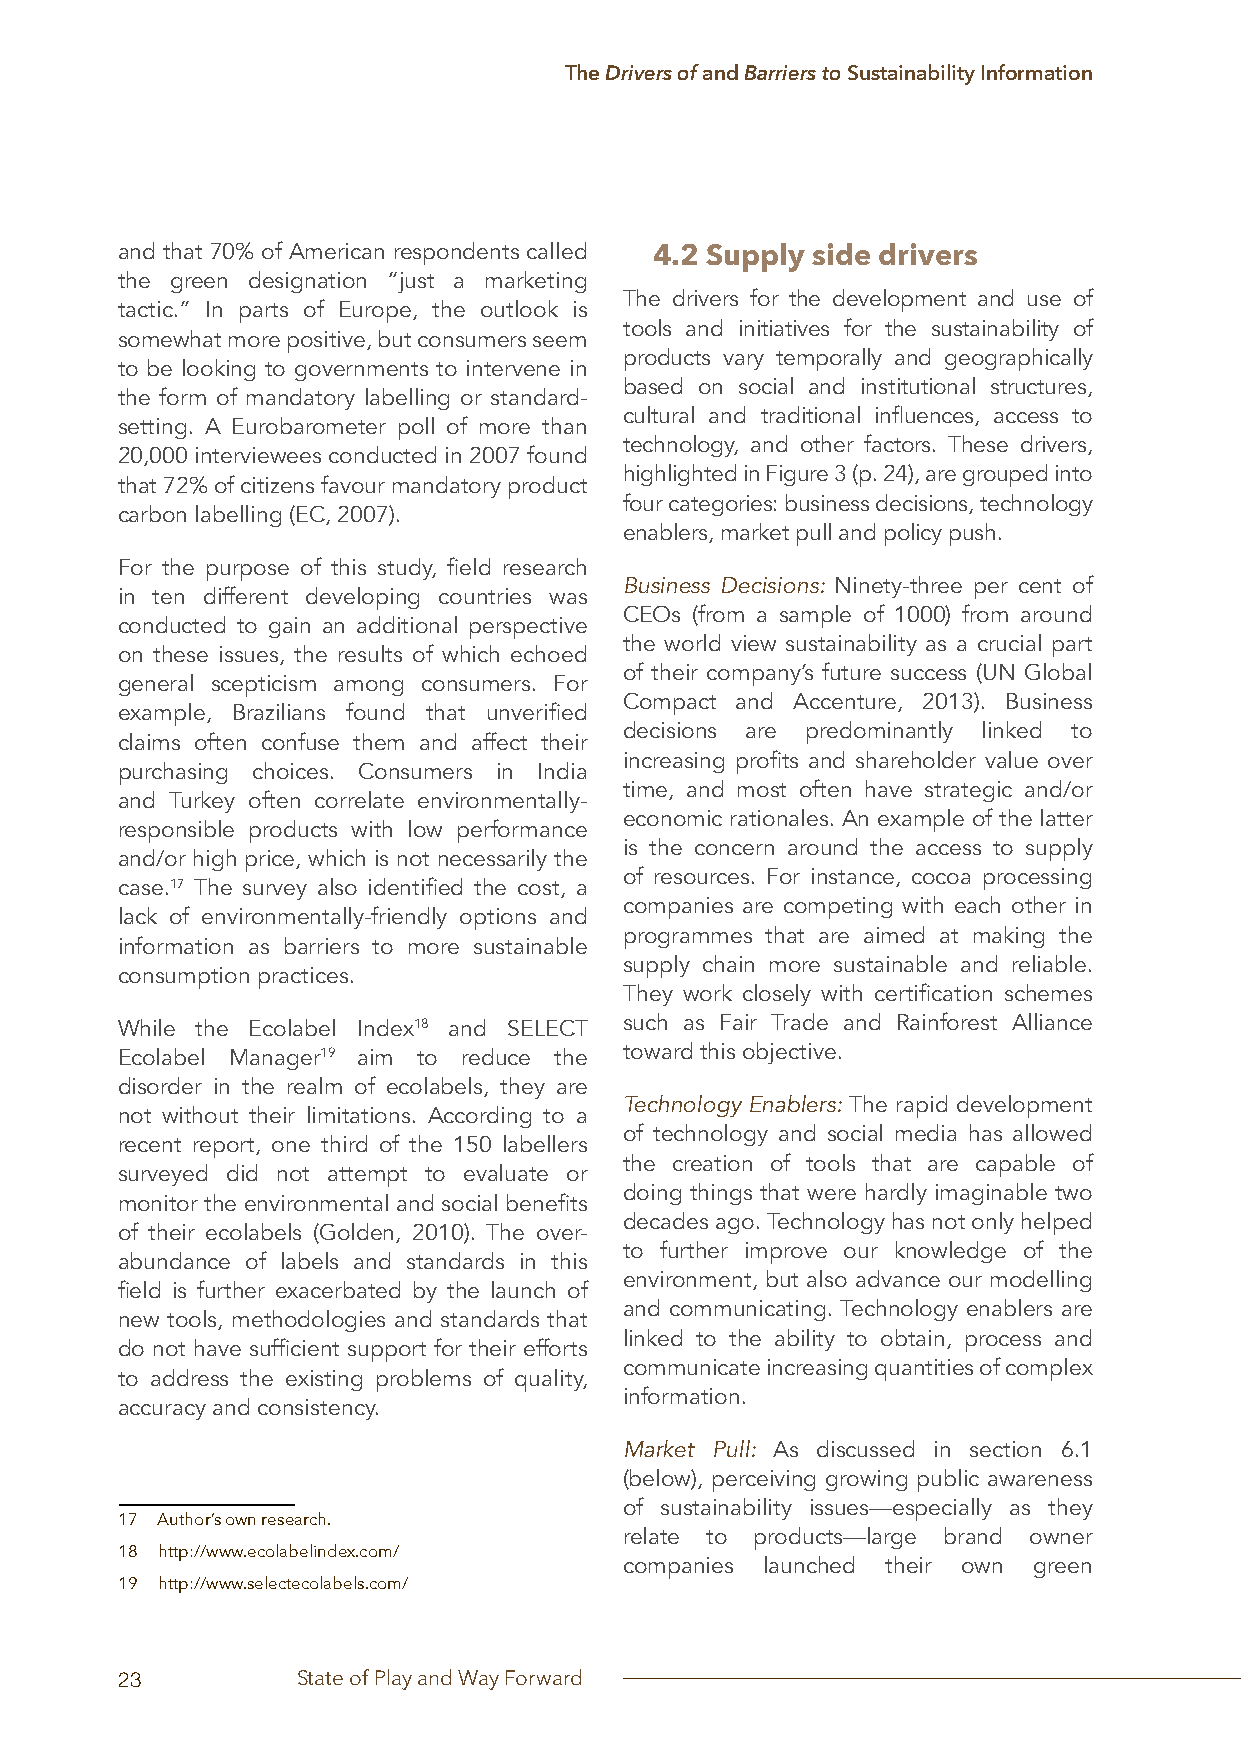
The Drivers of and Barriers to Sustainability Information
 and that 70% of American respondents called
 4.2 Supply side drivers
 the green designation “just a marketing
 The drivers for the development and use of
 tactic.” In parts of Europe, the outlook is
 tools and initiatives for the sustainability of
 somewhat more positive, but consumers seem
 products vary temporally and geographically
 to be looking to governments to intervene in
 based on social and institutional structures,
 the form of mandatory labelling or standard-
 cultural and traditional influences, access to
 setting. A Eurobarometer poll of more than
 technology, and other factors. These drivers,
 20,000 interviewees conducted in 2007 found
 highlighted in Figure 3 (p. 24), are grouped into
 that 72% of citizens favour mandatory product
 four categories: business decisions, technology
 carbon labelling (EC, 2007).
 enablers, market pull and policy push.
 For the purpose of this study, field research
 Business Decisions: Ninety-three per cent of
 in ten different developing countries was
 CEOs (from a sample of 1000) from around
 conducted to gain an additional perspective
 the world view sustainability as a crucial part
 on these issues, the results of which echoed
 of their company’s future success (UN Global
 general scepticism among consumers. For
 Compact and Accenture, 2013). Business
 example, Brazilians found that unverified
 decisions are predominantly linked to
 claims often confuse them and affect their
 increasing profits and shareholder value over
 purchasing choices. Consumers in India
 time, and most often have strategic and/or
 and Turkey often correlate environmentally-
 economic rationales. An example of the latter
 responsible products with low performance
 is the concern around the access to supply
 and/or high price, which is not necessarily the
 of resources. For instance, cocoa processing
 case.17 The survey also identified the cost, a
 companies are competing with each other in
 lack of environmentally-friendly options and
 programmes that are aimed at making the
 information as barriers to more sustainable
 supply chain more sustainable and reliable.
 consumption practices.
 They work closely with certification schemes
 While the Ecolabel Index18 and SELECT such as Fair Trade and Rainforest Alliance
 Ecolabel Manager19 aim to reduce the toward this objective.
 disorder in the realm of ecolabels, they are
 Technology Enablers: The rapid development
 not without their limitations. According to a
 of technology and social media has allowed
 recent report, one third of the 150 labellers
 the creation of tools that are capable of
 surveyed did not attempt to evaluate or
 doing things that were hardly imaginable two
 monitor the environmental and social benefits
 decades ago. Technology has not only helped
 of their ecolabels (Golden, 2010). The over-
 to further improve our knowledge of the
 abundance of labels and standards in this
 environment, but also advance our modelling
 field is further exacerbated by the launch of
 and communicating. Technology enablers are
 new tools, methodologies and standards that
 linked to the ability to obtain, process and
 do not have sufficient support for their efforts
 communicate increasing quantities of complex
 to address the existing problems of quality,
 information.
 accuracy and consistency.
 Market Pull: As discussed in section 6.1
 (below), perceiving growing public awareness
 of sustainability issues—especially as they
 17 Author’s own research.
 relate to products—large brand owner
 18 http://www.ecolabelindex.com/
 companies launched their own green
 19 http://www.selectecolabels.com/
 23          State of Play and Way Forward